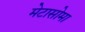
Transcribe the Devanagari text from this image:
मेटासोमा